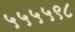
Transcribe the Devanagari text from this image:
५५५५९८